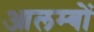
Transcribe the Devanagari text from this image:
आलम्बों